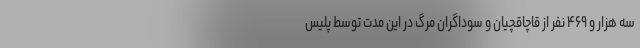
سه هزار و ۴۶۹ نفر از قاچاقچیان و سوداگران مرگ در این مدت توسط پلیس